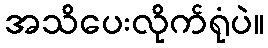
အသိပေးလိုက်ရုံပဲ။